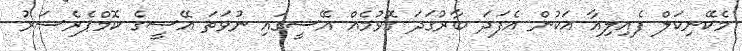
މެކޭނިކަލް ފެއިލިއާ އަކުން އެފަދަ ބާރުގަދަ ގޮވުމެއް އޭސީގައި ނުވަތަ އޭސީގެ ކޮމްޕެރެސަރު